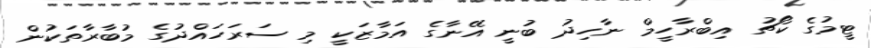
ޓީމުގެ ކޯޗު އިބްރާހީމް ނާހިދު ބުނީ އޭނާގެ އަމާޒަކީ މި ސަރަހައްދުގެ މުބާރާތަކުން